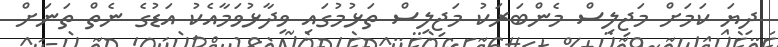
ދިޔަ ކަމަށް މަޖިލިސް މެންބަރަކު މަޖިލިސް ތަޅުމުގައި ވިދާޅުވަމާއެކު އަޑުގެ ނެތް ތަނަށް